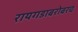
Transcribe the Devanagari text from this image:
रायगडाबरोबरच